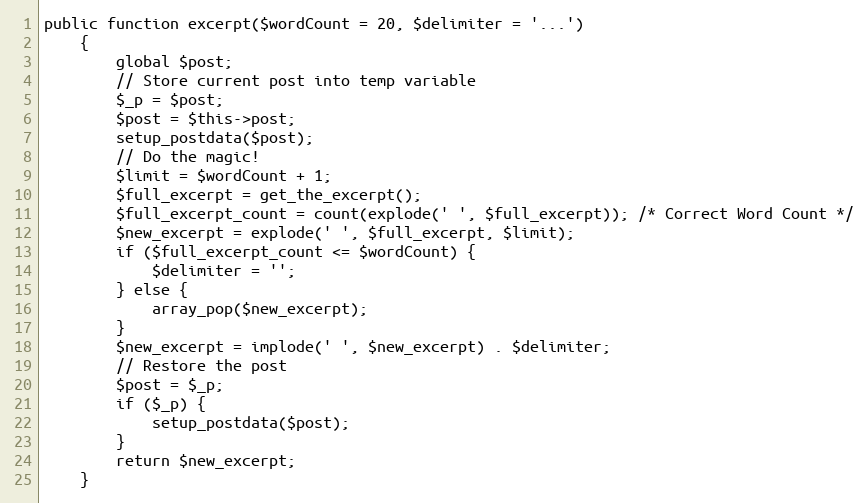
Language: PHP
public function excerpt($wordCount = 20, $delimiter = '...')
    {
        global $post;
        // Store current post into temp variable
        $_p = $post;
        $post = $this->post;
        setup_postdata($post);
        // Do the magic!
        $limit = $wordCount + 1;
        $full_excerpt = get_the_excerpt();
        $full_excerpt_count = count(explode(' ', $full_excerpt)); /* Correct Word Count */
        $new_excerpt = explode(' ', $full_excerpt, $limit);
        if ($full_excerpt_count <= $wordCount) {
            $delimiter = '';
        } else {
            array_pop($new_excerpt);
        }
        $new_excerpt = implode(' ', $new_excerpt) . $delimiter;
        // Restore the post
        $post = $_p;
        if ($_p) {
            setup_postdata($post);
        }
        return $new_excerpt;
    }